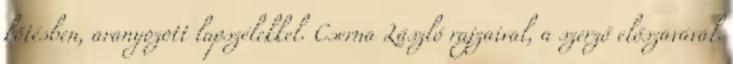
kötésben, aranyozott lapszélekkel. Cserna László rajzaival, a szerző előszavával.